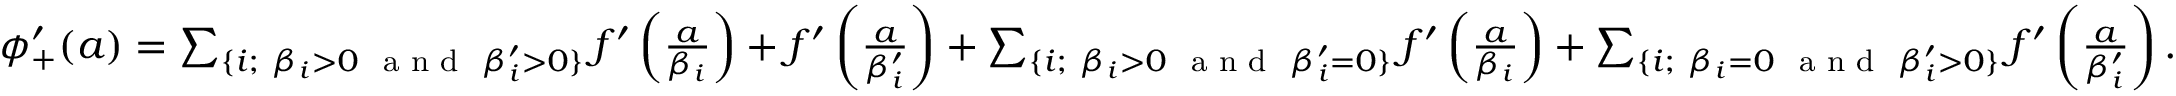
\begin{array} { r } { \phi _ { + } ^ { \prime } ( a ) = \sum _ { \{ i ; ~ \beta _ { i } > 0 ~ \textrm { a n d } ~ \beta _ { i } ^ { \prime } > 0 \} } f ^ { \prime } \left( \frac { a } { \beta _ { i } } \right) + f ^ { \prime } \left( \frac { a } { \beta _ { i } ^ { \prime } } \right) + \sum _ { \{ i ; ~ \beta _ { i } > 0 ~ \textrm { a n d } ~ \beta _ { i } ^ { \prime } = 0 \} } f ^ { \prime } \left( \frac { a } { \beta _ { i } } \right) + \sum _ { \{ i ; ~ \beta _ { i } = 0 ~ \textrm { a n d } ~ \beta _ { i } ^ { \prime } > 0 \} } f ^ { \prime } \left( \frac { a } { \beta _ { i } ^ { \prime } } \right) . } \end{array}